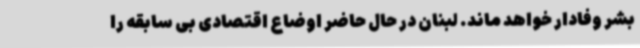
بشر وفادار خواهد ماند. لبنان در حال حاضر اوضاع اقتصادی بی سابقه را